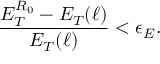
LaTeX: { \frac { E _ { T } ^ { R _ { 0 } } - E _ { T } ( \ell ) } { E _ { T } ( \ell ) } } < \epsilon _ { E } .